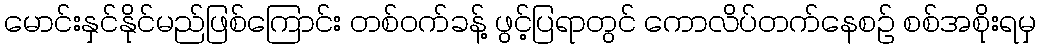
မောင်းနှင်နိုင်မည်ဖြစ်ကြောင်း တစ်ဝက်ခန့် ဖွင့်ပြရာတွင် ကောလိပ်တက်နေစဉ် စစ်အစိုးရမှ